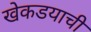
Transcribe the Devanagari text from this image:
खेकडयाची